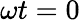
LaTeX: \omega t=0